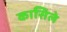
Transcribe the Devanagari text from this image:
कासिले